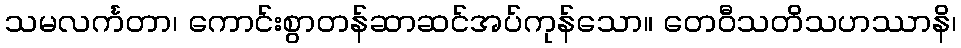
သမလင်္ကတာ၊ ကောင်းစွာတန်ဆာဆင်အပ်ကုန်သော။ တေဝီသတိသဟဿာနိ၊